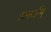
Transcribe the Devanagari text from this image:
उत्सर्जन्